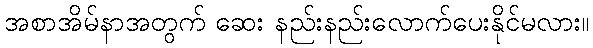
အစာအိမ်နာအတွက် ဆေး နည်းနည်းလောက်ပေးနိုင်မလား။